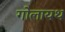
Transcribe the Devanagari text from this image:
गोलायथ